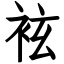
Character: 袨